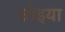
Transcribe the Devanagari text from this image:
छोइया